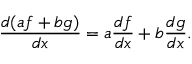
{ \frac { d ( a f + b g ) } { d x } } = a { \frac { d f } { d x } } + b { \frac { d g } { d x } } .